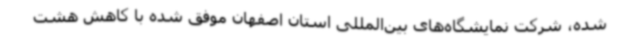
شده، شرکت نمایشگاه‌های بین‌المللی استان اصفهان موفق شده با کاهش هشت